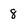
Character: 8